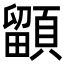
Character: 𩔲